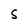
Character: S